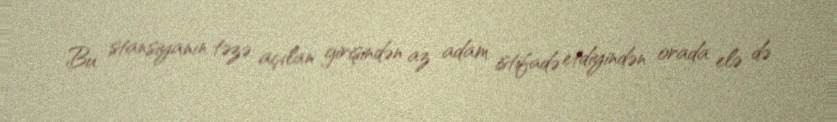
Bu stansiyanın təzə açılan girişindən az adam istifadə etdiyindən orada elə də